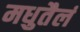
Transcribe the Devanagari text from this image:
मधुतैलं